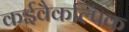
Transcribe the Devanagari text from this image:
कईवैकल्पिक